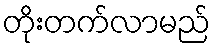
တိုးတက်လာမည်